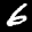
Label: 6